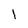
Character: l